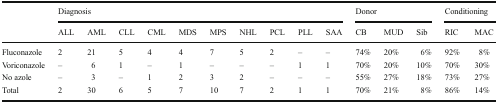
| <ROWSPAN=2>  | <COLSPAN=10> Diagnosis | <COLSPAN=3> Donor | <COLSPAN=2> Conditioning |
 | ALL | AML | CLL | CML | MDS | MPS | NHL | PCL | PLL | SAA | CB | MUD | Sib | RIC | MAC |
 | --- | --- | --- | --- | --- | --- | --- | --- | --- | --- | --- | --- | --- | --- | --- | --- |
 | Fluconazole | 2 | 21 | 5 | 4 | 4 | 7 | 5 | 2 | – | – | 74% | 20% | 6% | 92% | 8% |
 | Voriconazole | – | 6 | 1 | – | 1 | – | – | – | 1 | 1 | 70% | 20% | 10% | 70% | 30% |
 | No azole | – | 3 | – | 1 | 2 | 3 | 2 | – | – | – | 55% | 27% | 18% | 73% | 27% |
 | Total | 2 | 30 | 6 | 5 | 7 | 10 | 7 | 2 | 1 | 1 | 70% | 21% | 8% | 86% | 14% |